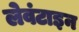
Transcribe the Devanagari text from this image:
लेवंटाइन